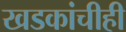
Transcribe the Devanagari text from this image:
खडकांचीही